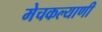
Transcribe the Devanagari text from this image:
मेचकल्याणी